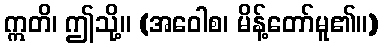
ဣတိ၊ ဤသို့။ (အဝေါစ၊ မိန့်တော်မူ၏။)